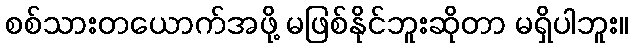
စစ်သားတယောက်အဖို့ မဖြစ်နိုင်ဘူးဆိုတာ မရှိပါဘူး။